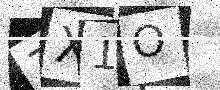
Text: 7X1O